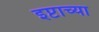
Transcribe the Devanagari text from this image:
इप्टाच्या